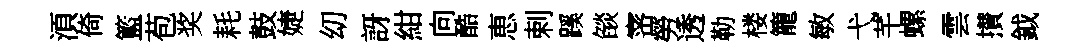
湏倚籃苞奖耗鼓婕㓜訝紺向酷恵剌蹊燄宻勞透勒楼籠敏弋芊螺雲攅鉞